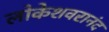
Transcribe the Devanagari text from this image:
लोकेशवरानंद